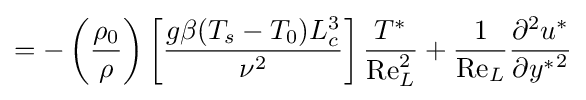
=-\left({\frac {\rho _{0}}{\rho }}\right)\left[{\frac {g\beta (T_{s}-T_{0})L_{c}^{3}}{\nu ^{2}}}\right]{\frac {T^{*}}{\mathrm {Re} _{L}^{2}}}+{\frac {1}{\mathrm {Re} _{L}}}{\frac {\partial ^{2}u^{*}}{\partial {y^{*}}^{2}}}